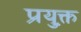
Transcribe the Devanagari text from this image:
प्रयुक्त़